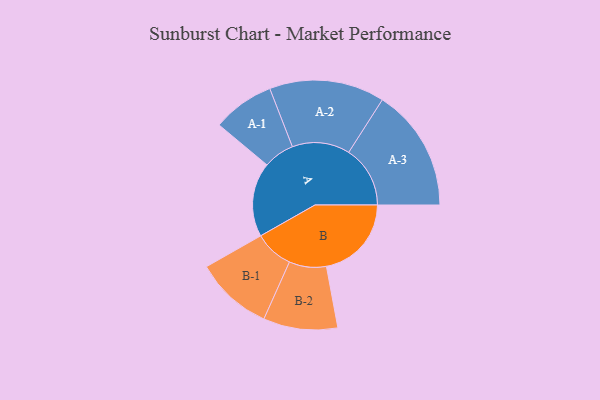
{"axis": {"x": "Segment", "y": "Value"}, "legend": ["", "A", "B"], "data": [{"x": "A", "y": 312, "type": ""}, {"x": "B", "y": 357, "type": ""}, {"x": "A-1", "y": 130, "type": "A"}, {"x": "A-2", "y": 242, "type": "A"}, {"x": "A-3", "y": 258, "type": "A"}, {"x": "B-1", "y": 163, "type": "B"}, {"x": "B-2", "y": 156, "type": "B"}]}